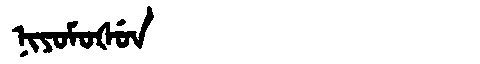
Manchu: ᠨᡳᠶᠣᠮᠣᡧᡠᠨ
Romanization: NIYOMOŠUN